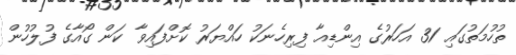
ތުހުމަތުގައި 31 އަހަރުގެ އިންޑިއާ ފިރިހެނަކު ހައްޔަރު ކޮށްފައިވާ ކަން ގޯއާގެ ފުލުހުން